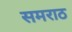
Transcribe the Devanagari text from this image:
समराठ